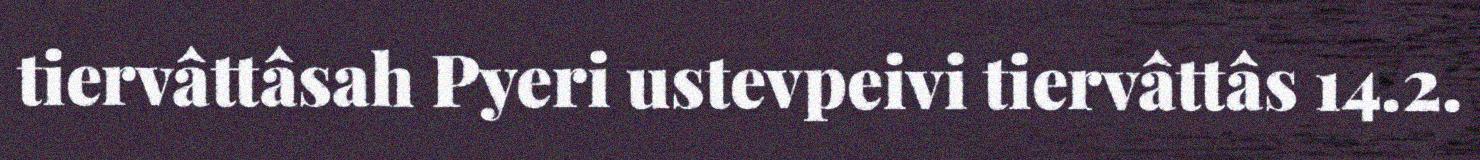
tiervâttâsah Pyeri ustevpeivi tiervâttâs 14.2.